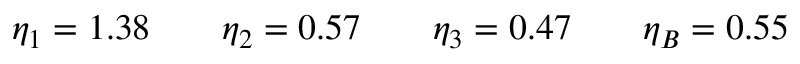
\eta _ { 1 } = 1 . 3 8 \qquad \eta _ { 2 } = 0 . 5 7 \qquad \eta _ { 3 } = 0 . 4 7 \qquad \eta _ { B } = 0 . 5 5